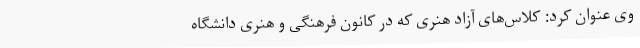
وی عنوان کرد: کلاس‌های آزاد هنری که در کانون فرهنگی و هنری دانشگاه